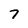
Character: 7